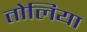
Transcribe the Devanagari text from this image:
तोलिया